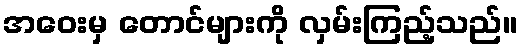
အဝေးမှ တောင်များကို လှမ်းကြည့်သည်။